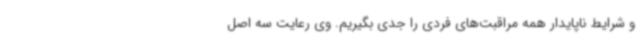
و شرایط ناپایدار همه مراقبت‌های فردی را جدی بگیریم. وی رعایت سه اصل